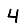
Digit: 4